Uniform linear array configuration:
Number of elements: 8
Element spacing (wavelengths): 1
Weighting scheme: hamming
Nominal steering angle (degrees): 15
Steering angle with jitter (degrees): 14.24
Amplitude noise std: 0.05
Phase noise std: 0.05

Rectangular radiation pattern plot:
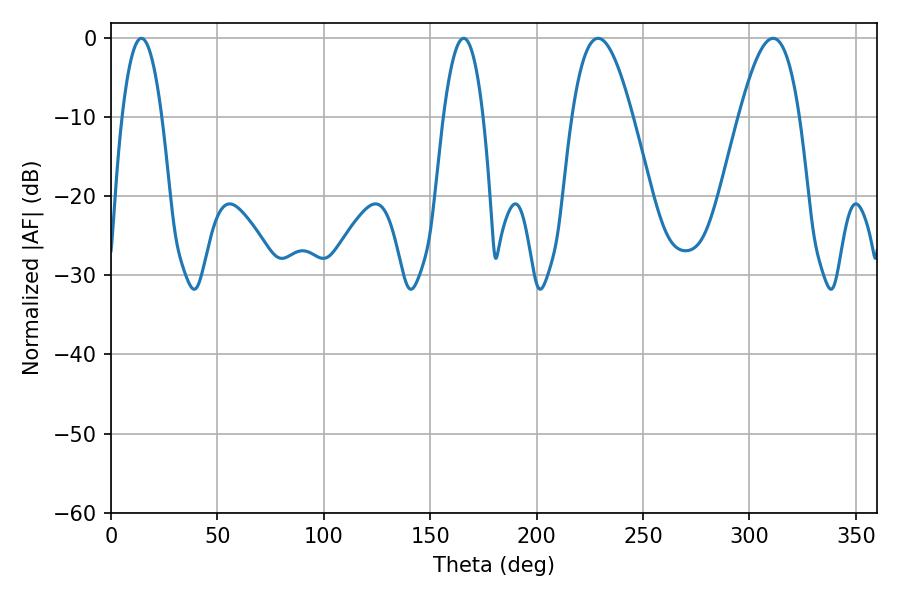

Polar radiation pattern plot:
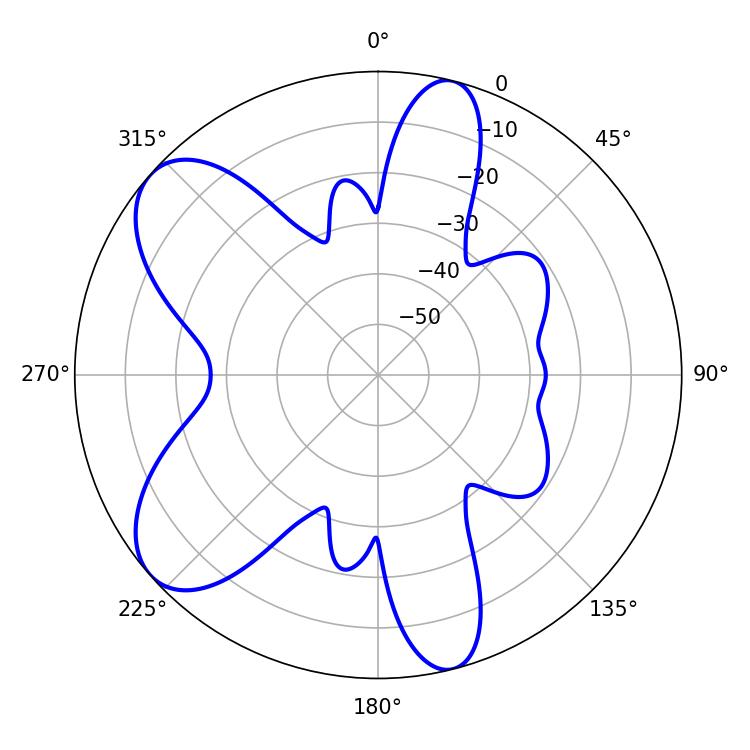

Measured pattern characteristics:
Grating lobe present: TRUE
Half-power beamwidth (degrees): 15.48
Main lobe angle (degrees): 228.96